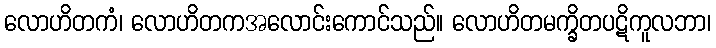
လောဟိတကံ၊ လောဟိတကအလောင်းကောင်သည်။ လောဟိတမက္ခိတပဋိကူလဘာ၊